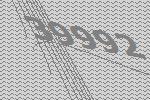
39992